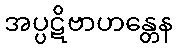
အပ္ပဋိဗာဟန္တေန